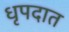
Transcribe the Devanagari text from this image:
धृपदात